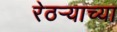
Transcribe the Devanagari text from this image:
रेठर्‍याच्या